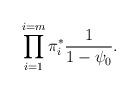
LaTeX: \begin{align*}\prod_{i=1}^{i=m}\pi_i^*\frac{1}{1-\psi_0}.\end{align*}